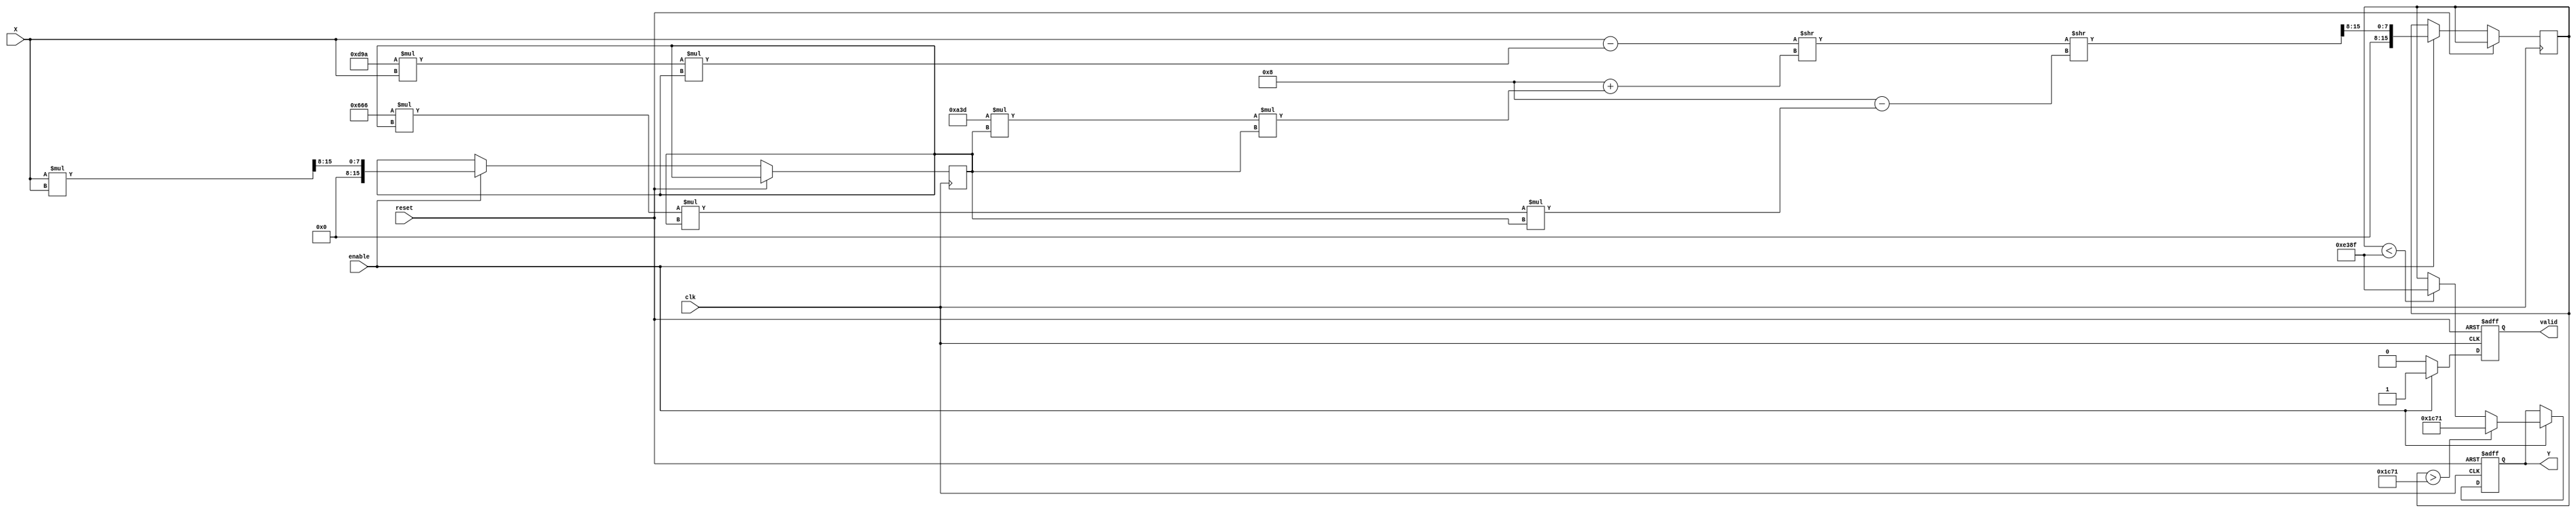
module atan_block (
    input wire signed [15:0] X,      // Input Data (fixed-point representation)
    input wire clk,                   // Clock signal
    input wire reset,                 // Reset signal
    input wire enable,                // Enable signal
    output reg signed [15:0] Y,       // Output Data (angle in radians)
    output reg valid                  // Output valid signal
);

    // Constants for the polynomial approximation (example coefficients)
    parameter signed [15:0] A1 = 16'h1C71; // 1.0
    parameter signed [15:0] A2 = 16'h0D9A; // 0.3333
    parameter signed [15:0] A3 = 16'h0A3D; // 0.2
    parameter signed [15:0] A4 = 16'h0666; // 0.142857

    reg signed [15:0] x_squared;
    reg signed [15:0] atan_result;

    always @(posedge clk or posedge reset) begin
        if (reset) begin
            Y <= 16'h0000; // Reset output
            valid <= 1'b0; // Reset valid signal
        end else if (enable) begin
            // Compute x squared
            x_squared <= (X * X) >> 8; // Scale down for fixed-point
            
            // Polynomial approximation of atan(x)
            atan_result <= X - (A2 * X * x_squared) >> 8 + (A3 * x_squared * x_squared) >> 8 - (A4 * x_squared * x_squared * x_squared) >> 8;

            // Saturate the output to the range -/2 to /2
            if (atan_result > 16'h1C71) begin // /2
                Y <= 16'h1C71; // Saturate to /2
            end else if (atan_result < -16'h1C71) begin // -/2
                Y <= -16'h1C71; // Saturate to -/2
            end else begin
                Y <= atan_result;
            end
            
            valid <= 1'b1; // Set valid signal
        end else begin
            valid <= 1'b0; // Clear valid signal if not enabled
        end
    end

endmodule